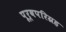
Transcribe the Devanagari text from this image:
पूर्वपरिग्रह